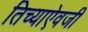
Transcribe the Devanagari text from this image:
तिच्याऐवजी